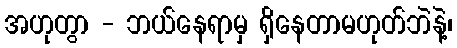
အဟုတွာ - ဘယ်နေရာမှ ရှိနေတာမဟုတ်ဘဲနဲ့၊